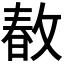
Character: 𢾜